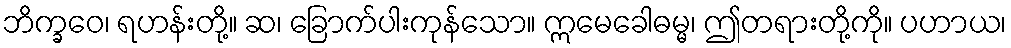
ဘိက္ခဝေ၊ ရဟန်းတို့။ ဆ၊ ခြောက်ပါးကုန်သော။ ဣမေခေါဓမ္မ၊ ဤတရားတို့ကို။ ပဟာယ၊